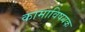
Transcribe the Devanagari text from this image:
कामाविषयक